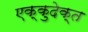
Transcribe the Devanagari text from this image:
एक्कुदेक्त